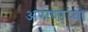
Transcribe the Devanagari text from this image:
असणा़ऱ्या